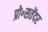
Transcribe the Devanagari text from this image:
प्रो॰सतेंदर